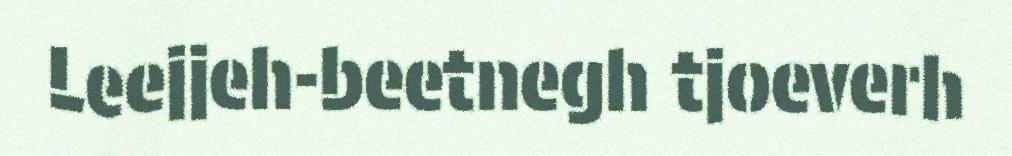
Leejjeh-beetnegh tjoeverh